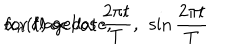
\alpha _ { n } ( t ) \propto \cos { \frac { 2 \pi t } { T } } , \ \sin { \frac { 2 \pi t } { T } } \hspace { 1 c m } \mathrm { f o r \ f l a g e l l a t e } ,